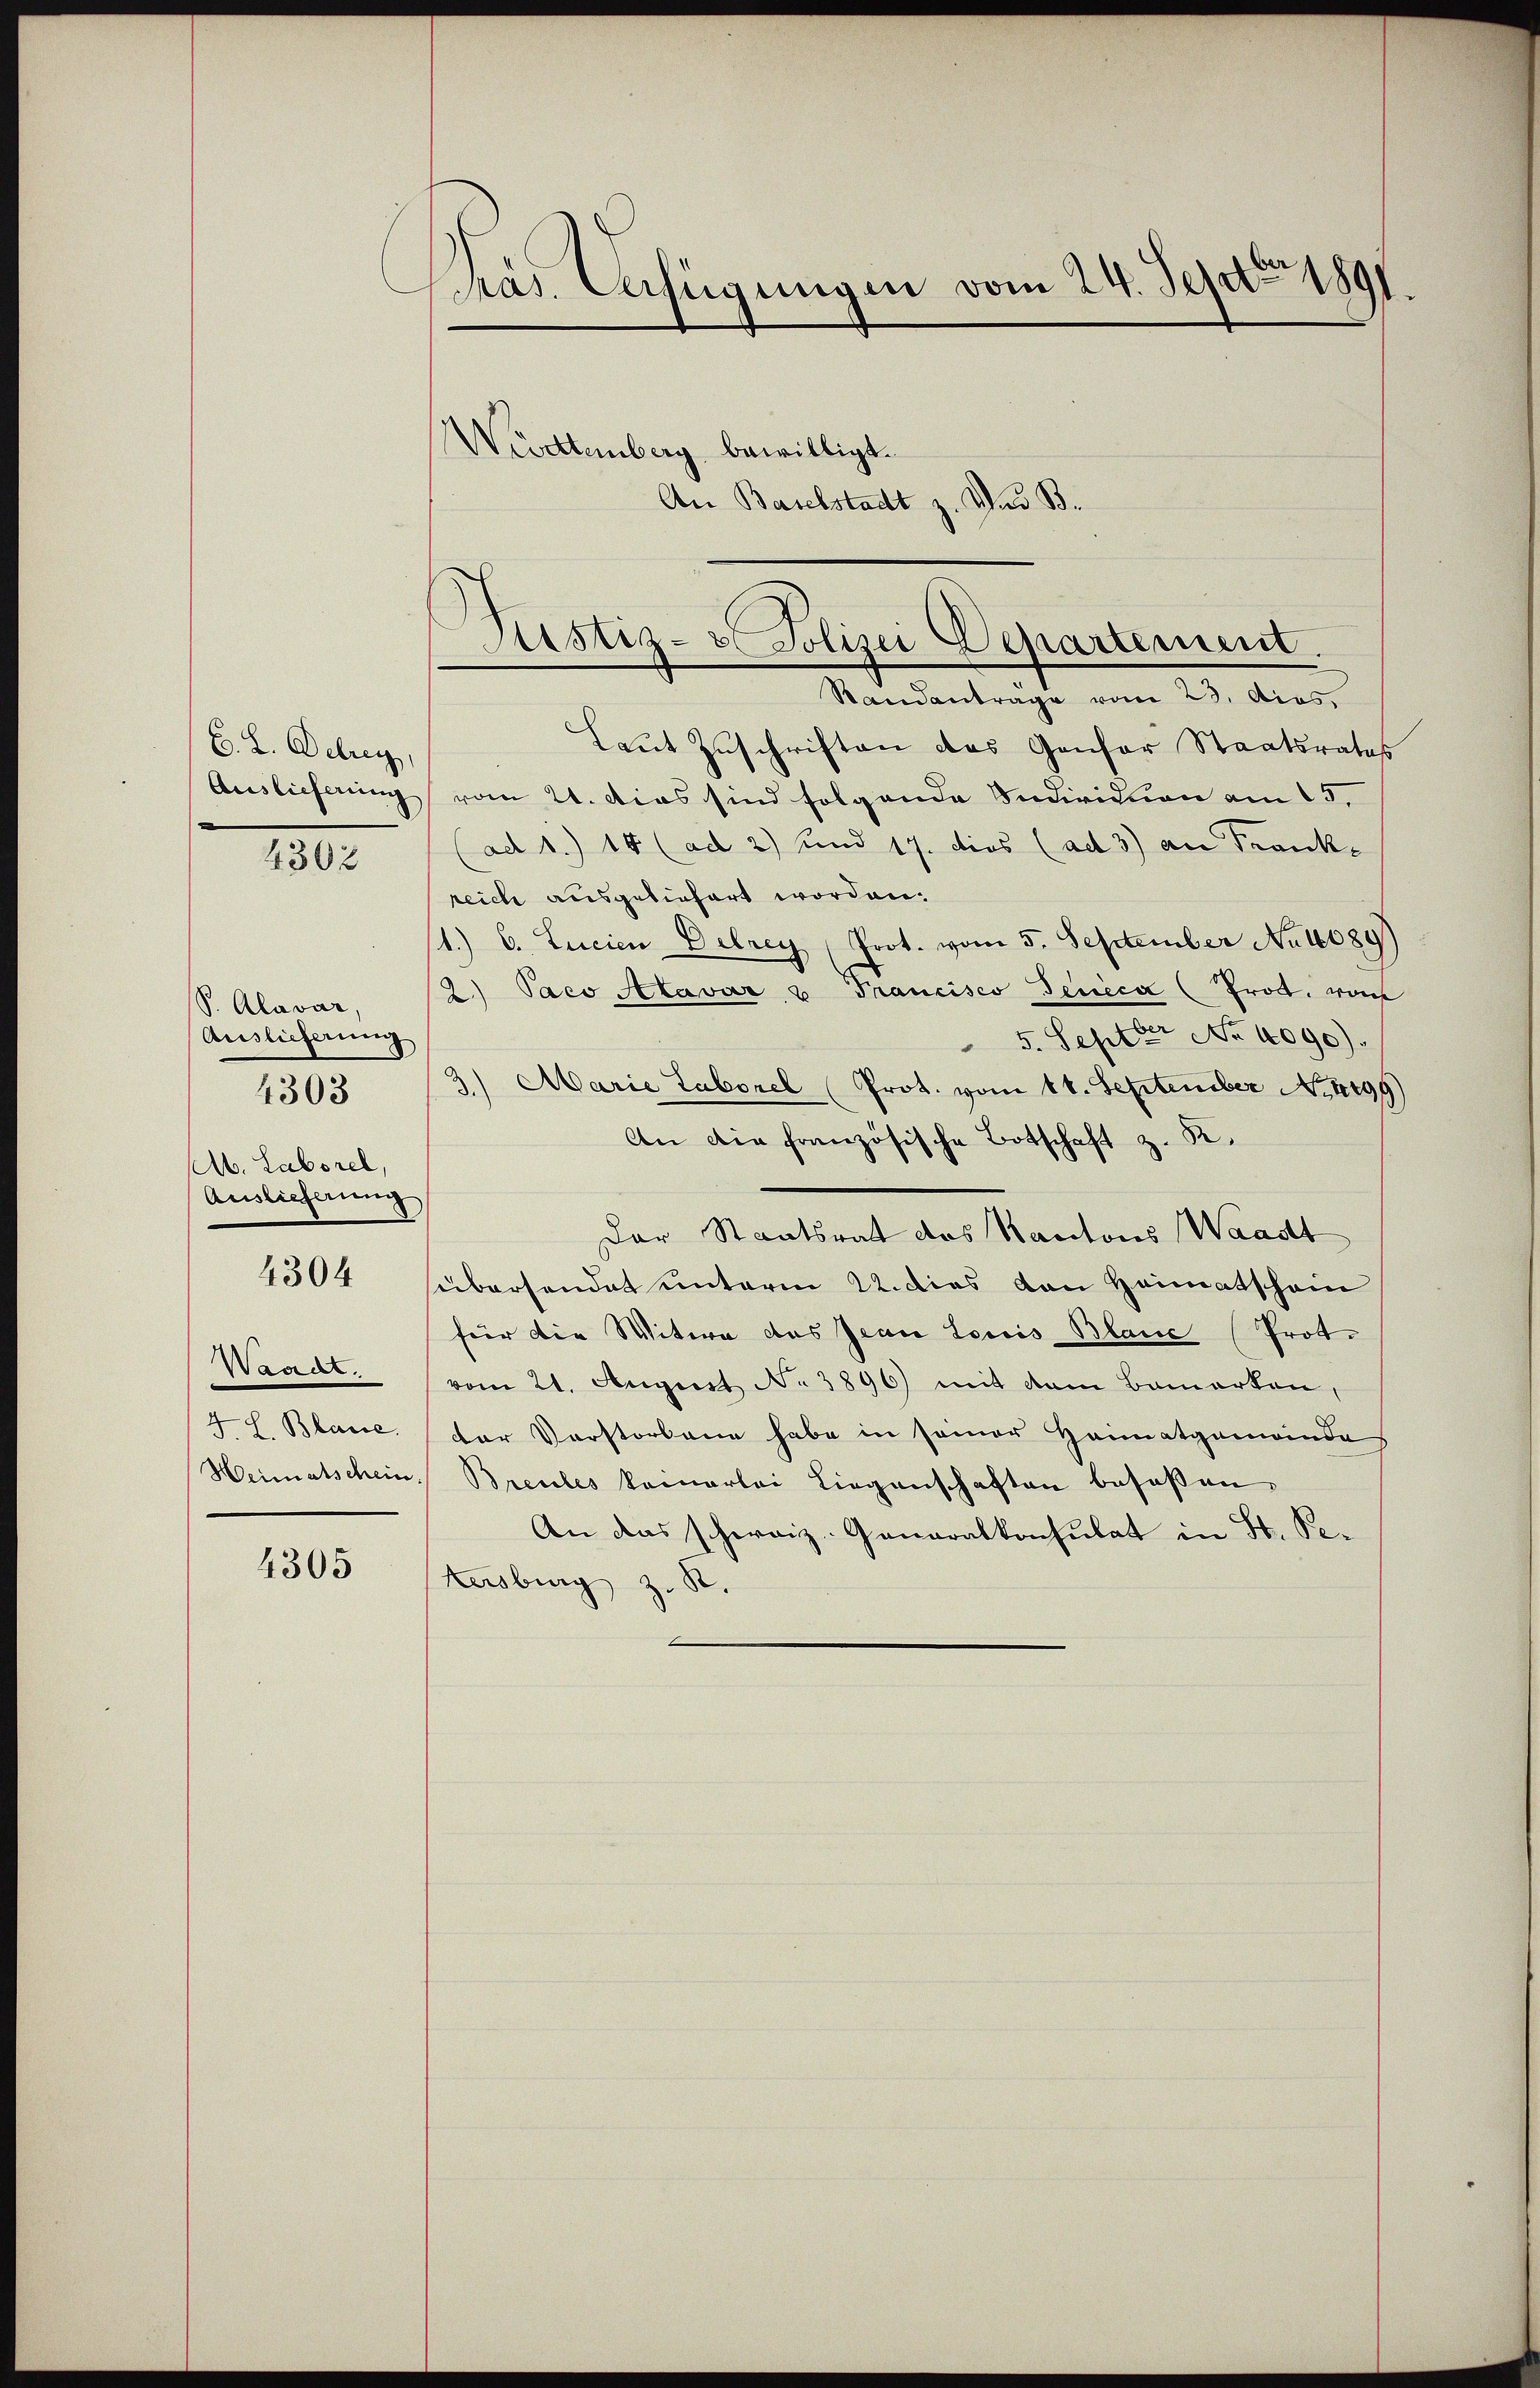
B. L. Debrey,
Auslieferung
4302

S. Alavar,
Auslieferung
4303

Ab. Laborel,
Auslieferung

4304

Waadt.
4. l. Blasse.
Heimatschein

4305

e
Präs. Verfügungen vom 24. Sept 1891.

Justiz- & Polizei Departement.
Standantrage vom 23. Apos.

Wivatenberg bewilligt.
An Baselstadt z. Und B
Laut Zuschriften des Genfer Staatsrates
vom 21. Dies sind folgende Individuen am 15.
(ad 1.) 18 (ad 2) und 17. dies (ad 3) an Farnckreich ausgeliefert worden.
1.) C. Lucien Delrey (Prot. vom 5. September No 1089)
2.) Paco Alavár u Francisco Tenica (Trott. von
5. Septer No 4090).
3.) Marie Laborel (Prot. vom 14. September No. 4499
An die französische Botschaft z. K.
Der Staatsrat des Kantons Waadt
sübersendet unterm 22. dies von Heimatschein
für die Witwe das Jean Louis Blanc (Prot.
vom 21. August No 3896) mit dem Bemerken,
der Vorstorbene habe in seiner Heimatgemeindes
Breules kamerlei Liegenschaften besaßen.
An das schweiz. Generalkonsulat in St. Petersburg z. B.